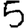
Digit: 5